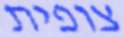
צופית